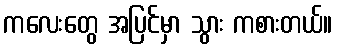
ကလေးတွေ အပြင်မှာ သွား ကစားတယ်။